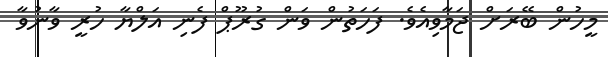
މީހުން ބޭރަށް ޖަމާވިއެވެ. ފަހަތުން ވަން ގުރޫޕް ފެނި އަލްޔާ ހުރީ ވާނުވާ